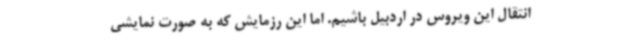
انتقال این ویروس در اردبیل باشیم. اما این رزمایش که به صورت نمایشی